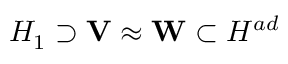
{ \cal H } _ { 1 } \supset { \bf V } \approx { \bf W } \subset { \cal H } ^ { a d }